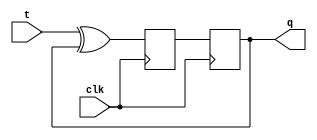
module t_flip_flop (
    input wire clk,
    input wire t,
    output reg q
);

reg d;

always @ (posedge clk)
begin
    d <= t ^ q;   // XOR gate at input
end

always @ (posedge clk)
begin
    q <= d;   // D flip-flop
end

endmodule